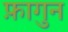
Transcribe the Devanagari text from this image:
फ़ागुन